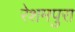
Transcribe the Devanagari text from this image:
रेशमपुरा